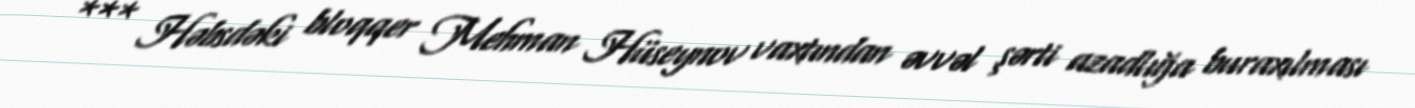
*** Həbsdəki bloqqer Mehman Hüseynov vaxtından əvvəl şərti azadlığa buraxılması